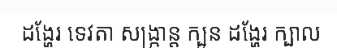
ដង្ហែរ ទេវតា សង្ក្រាន្ត ក្បួន ដង្ហែរ ក្បាល